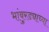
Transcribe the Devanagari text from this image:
भांबुरड्याच्‍या